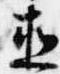
直